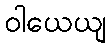
ဝါယေယျ